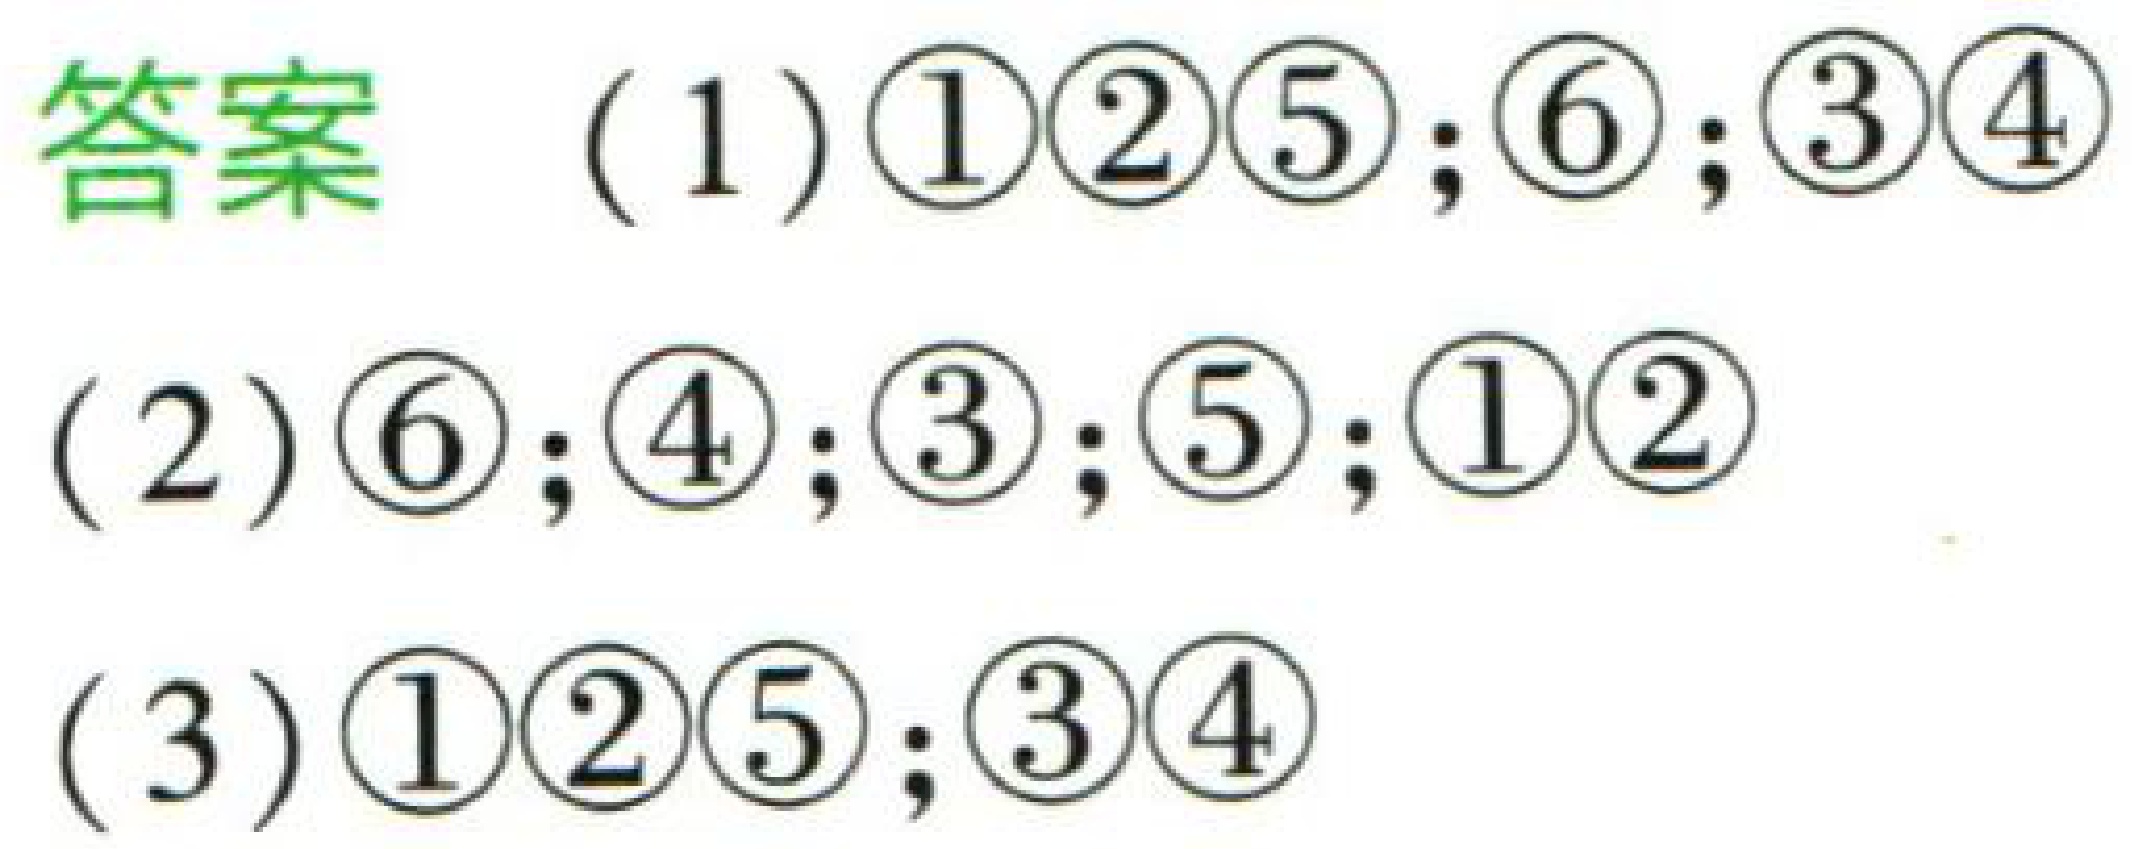
答案

(1) \(\textcircled{1}\textcircled{2}\textcircled{5};\textcircled{6};\textcircled{3}\textcircled{4}\)

(2) \(\textcircled{6};\textcircled{4};\textcircled{3};\textcircled{5};\textcircled{1}\textcircled{2}\)

(3) \(\textcircled{1}\textcircled{2}\textcircled{5};\textcircled{3}\textcircled{4}\)